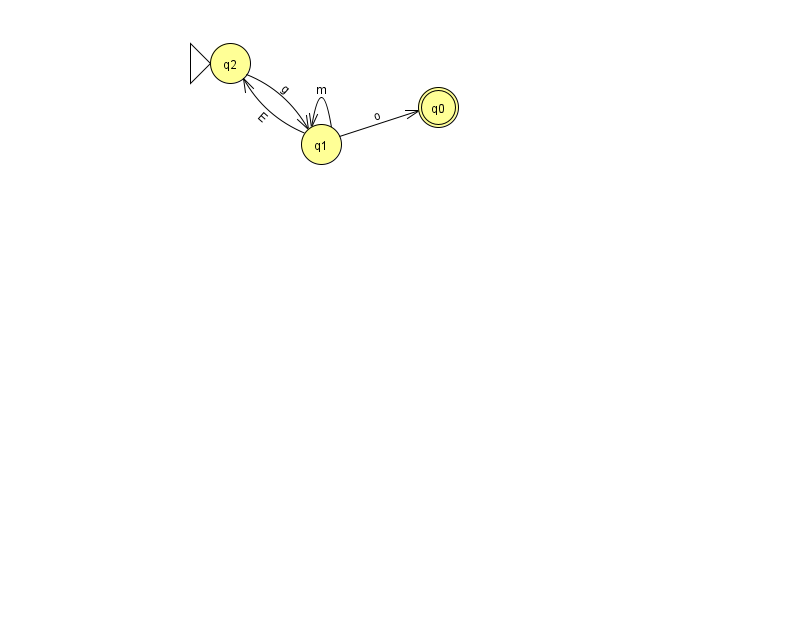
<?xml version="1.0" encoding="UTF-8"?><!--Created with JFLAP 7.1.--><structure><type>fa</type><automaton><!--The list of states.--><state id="0" name="q0"><x>438.0</x><y>94.0</y><final/></state><state id="1" name="q1"><x>321.0</x><y>131.0</y></state><state id="2" name="q2"><x>230.0</x><y>50.0</y><initial/></state><!--The list of transitions.--><transition><from>2</from><to>1</to><read>g</read></transition><transition><from>1</from><to>2</to><read>E</read></transition><transition><from>1</from><to>0</to><read>o</read></transition><transition><from>1</from><to>1</to><read>m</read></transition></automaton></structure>